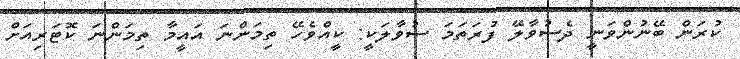
ކުރަން ބޭނުންވަނީ ދެސުވާލޭ ފުރަތަމަ ސުވާލަކީ: ކީއްވެހޭ ތިމަންނަ އައީމާ ތިމަންނަ ކޮޓަރިއަށް